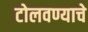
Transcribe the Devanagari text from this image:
टोलवण्याचे